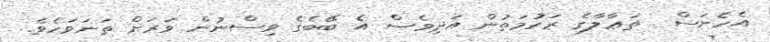
އެހެނަސް  ތަޢާލާގެ ރަހުމަތުން އަދިވެސް އެ ބޭބެގެ ވިސްނުން ވަރަށް ތަނަވަހެވެ.